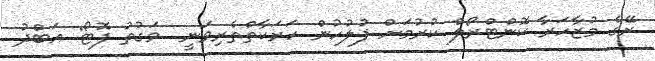
ރޭގެ މުޒާހަރާ ކޮންޓްރޯލް ކުރުމަށް ފުލުހުން ހަރަކާތްތެރިވަނީ  ވަގުތު ފޮޓޯ: އަބްދު